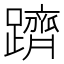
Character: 躋